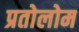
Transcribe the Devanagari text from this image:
प्रतोलोम